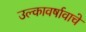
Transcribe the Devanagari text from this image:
उल्कावर्षावाचे